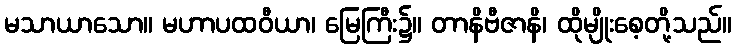
မသာယာသော။ မဟာပထဝီယာ၊ မြေကြီး၌။ တာနိဗီဇာနိ၊ ထိုမျိုးစေ့တို့သည်။